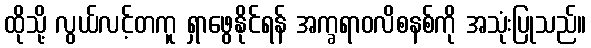
ထိုသို့ လွယ်လင့်တကူ ရှာဖွေနိုင်ရန် အက္ခရာဝလိစနစ်ကို အသုံးပြုသည်။